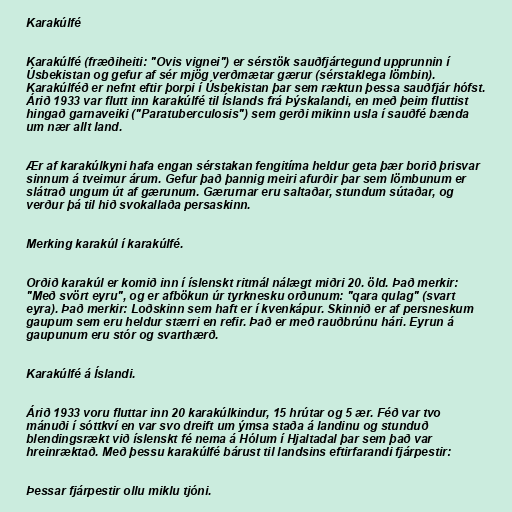
Karakúlfé

Karakúlfé (fræðiheiti: "Ovis vignei") er sérstök sauðfjártegund upprunnin í
Úsbekistan og gefur af sér mjög verðmætar gærur (sérstaklega lömbin).
Karakúlféð er nefnt eftir þorpi í Úsbekistan þar sem ræktun þessa sauðfjár hófst.
Árið 1933 var flutt inn karakúlfé til Íslands frá Þýskalandi, en með þeim fluttist
hingað garnaveiki ("Paratuberculosis") sem gerði mikinn usla í sauðfé bænda
um nær allt land.

Ær af karakúlkyni hafa engan sérstakan fengitíma heldur geta þær borið þrisvar
sinnum á tveimur árum. Gefur það þannig meiri afurðir þar sem lömbunum er
slátrað ungum út af gærunum. Gærurnar eru saltaðar, stundum sútaðar, og
verður þá til hið svokallaða persaskinn.

Merking karakúl í karakúlfé.

Orðið karakúl er komið inn í íslenskt ritmál nálægt miðri 20. öld. Það merkir:
"Með svört eyru", og er afbökun úr tyrknesku orðunum: "qara qulag" (svart
eyra). Það merkir: Loðskinn sem haft er í kvenkápur. Skinnið er af persneskum
gaupum sem eru heldur stærri en refir. Það er með rauðbrúnu hári. Eyrun á
gaupunum eru stór og svarthærð.

Karakúlfé á Íslandi.

Árið 1933 voru fluttar inn 20 karakúlkindur, 15 hrútar og 5 ær. Féð var tvo
mánuði í sóttkví en var svo dreift um ýmsa staða á landinu og stunduð
blendingsrækt við íslenskt fé nema á Hólum í Hjaltadal þar sem það var
hreinræktað. Með þessu karakúlfé bárust til landsins eftirfarandi fjárpestir:

Þessar fjárpestir ollu miklu tjóni.